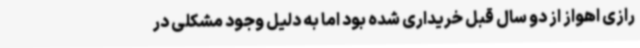
رازی اهواز از دو سال قبل خریداری شده بود اما به دلیل وجود مشکلی در